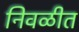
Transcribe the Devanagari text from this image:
निवळीत